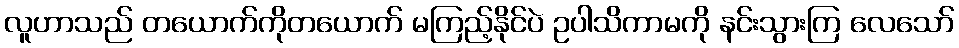
လူဟာသည် တယောက်ကိုတယောက် မကြည့်နိုင်ပဲ ဥပါသိကာမကို နင်းသွားကြ လေသော်